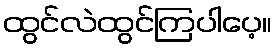
ထွင်လဲထွင်ကြပါပေ့။